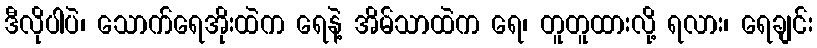
ဒီလိုပါပဲ၊ သောက်ရေအိုးထဲက ရေနဲ့ အိမ်သာထဲက ရေ၊ တူတူထားလို့ ရလား၊ ရေချင်း